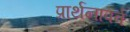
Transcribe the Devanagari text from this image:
प्रार्थनापर्व